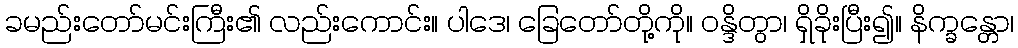
ခမည်းတော်မင်းကြီး၏ လည်းကောင်း။ ပါဒေ၊ ခြေတော်တို့ကို။ ဝန္ဒိတွာ၊ ရှိခိုးပြီး၍။ နိက္ခန္တော၊